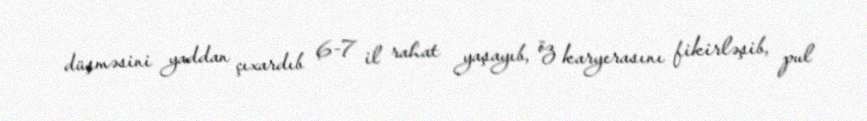
düşməsini yaddan çıxardıb 6-7 il rahat yaşayıb, öz karyerasını fikirləşib, pul